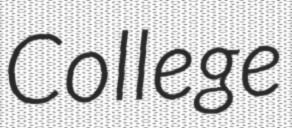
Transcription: College